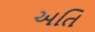
અતિ